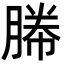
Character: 㬺